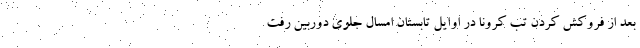
بعد از فروکش کردن تب کرونا در اوایل تابستان امسال جلوی دوربین رفت